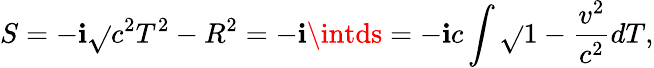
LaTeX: S=-\mathbf{i}\sqrt{}{{c^{2}T^{2}-R^{2}}}=-\mathbf{i}\intds=-\mathbf{i}c\int\sqrt{}{{1-\frac{{v^{2}}}{{c^{2}}}}}dT,